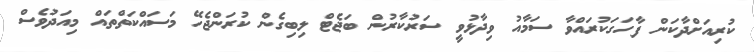
ކުރިއަށްދާކަން ފާހަގަކުރައްވާ ސަމާއު ވިދާޅުވީ ސަރުކާރުން ބަޖެޓް ލިބިގެން ކުރަންޖެހޭ މަސައްކަތްތައް މިއަދުވެސް